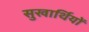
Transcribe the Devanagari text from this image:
सुखार्थियों